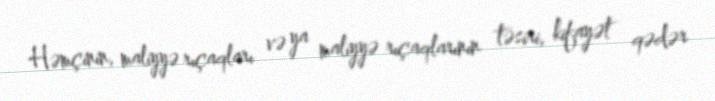
Həmçinin, maliyyə rıçaqları və ya maliyyə rıçaqlarının təsiri, kifayət qədər